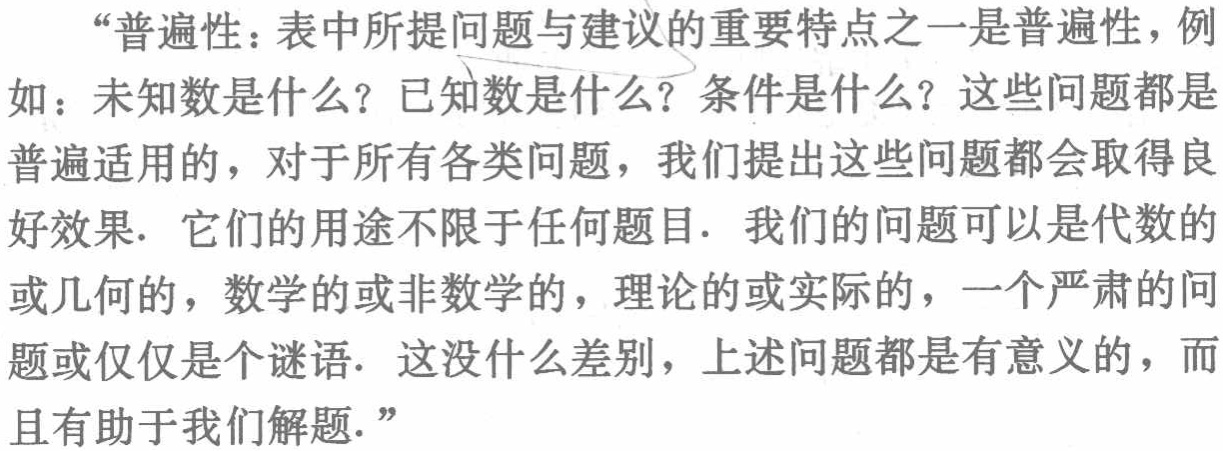
“普遍性：表中所提问题与建议的重要特点之一是普遍性，例如：未知数是什么？已知数是什么？条件是什么？这些问题都是普遍适用的，对于所有各类问题，我们提出这些问题都会取得良好效果. 它们的用途不限于任何题目. 我们的问题可以是代数的或几何的，数学的或非数学的，理论的或实际的，一个严肃的问题或仅仅是个谜语. 这没什么差别，上述问题都是有意义的，而且有助于我们解题.”